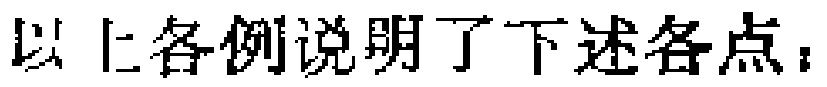
以上各例说明了下述各点：